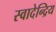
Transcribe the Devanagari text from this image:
स्वादेन्द्रिय